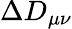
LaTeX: \Delta D_{\mu\nu}